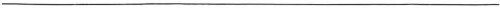
___